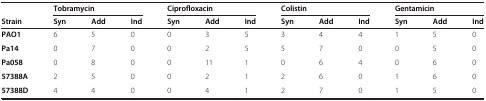
|  | <COLSPAN=3> Tobramycin | <COLSPAN=3> Ciprofloxacin | <COLSPAN=3> Colistin | <COLSPAN=3> Gentamicin |
 | Strain | Syn | Add | Ind | Syn | Add | Ind | Syn | Add | Ind | Syn | Add | Ind |
 | --- | --- | --- | --- | --- | --- | --- | --- | --- | --- | --- | --- | --- |
 | PAO1 | 6 | 5 | 0 | 0 | 3 | 5 | 3 | 4 | 4 | 1 | 5 | 0 |
 | Pa14 | 0 | 7 | 0 | 0 | 2 | 5 | 5 | 7 | 0 | 0 | 5 | 0 |
 | Pa058 | 0 | 8 | 0 | 0 | 11 | 1 | 0 | 6 | 4 | 0 | 6 | 0 |
 | 57388A | 2 | 5 | 0 | 0 | 2 | 1 | 2 | 6 | 0 | 1 | 6 | 0 |
 | 57388D | 4 | 4 | 0 | 0 | 4 | 1 | 2 | 7 | 0 | 1 | 5 | 0 |